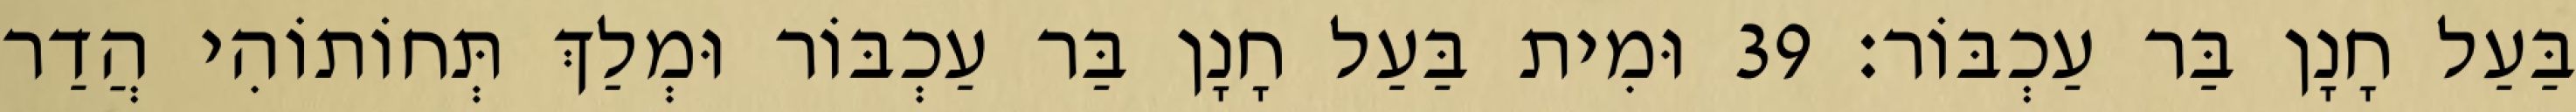
בַּעַל חָנָן בַּר עַכְבּוֹר׃ 39 וּמִית בַּעַל חָנָן בַּר עַכְבּוֹר וּמְלַךְ תְּחוֹתוֹהִי הֲדַר